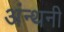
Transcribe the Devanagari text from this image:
अंन्थनी